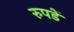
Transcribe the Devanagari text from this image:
रुपडें